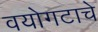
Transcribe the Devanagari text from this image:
वयोगटाचे